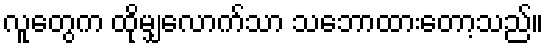
လူတွေက ထိုမျှလောက်သာ သဘောထားတော့သည်။